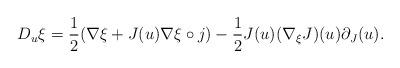
LaTeX: \begin{align*} D_u \xi=\frac{1}{2}(\nabla \xi +J(u)\nabla \xi \circ j) -\frac{1}{2}J(u)(\nabla_\xi J)(u)\partial_J(u).\end{align*}